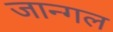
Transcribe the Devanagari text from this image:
जान्गल